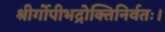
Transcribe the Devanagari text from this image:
श्रीर्गोपीभद्रोक्तिनिर्वतः।